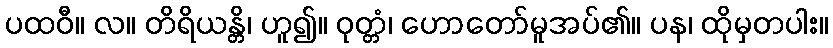
ပထဝီ။ လ။ တိရိယန္တိ၊ ဟူ၍။ ဝုတ္တံ၊ ဟောတော်မူအပ်၏။ ပန၊ ထိုမှတပါး။